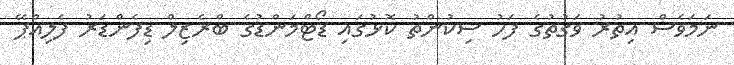
ނަމަވެސް އިތުރު ވަގުތުގެ ފަހު ސިކުންތު ކޮޅުގައި ޑޯޓްމަންޑުގެ ބްރެޒިލް ޑިފެންޑަރު ފެލިއްޕޭ